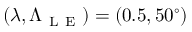
( \lambda , \Lambda _ { \mathrm { ~ L ~ E ~ } } ) = ( 0 . 5 , 5 0 ^ { \circ } )